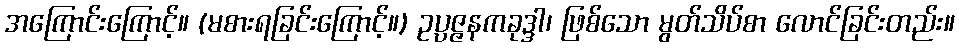
အကြောင်းကြောင့်။ (မစားရခြင်းကြောင့်။) ဥပ္ပဇ္ဇနကခုဒ္ဒါ၊ ဖြစ်သော မွတ်သိပ်စာ လောင်ခြင်းတည်း။